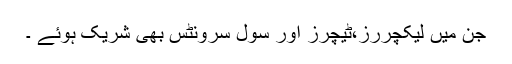
جن میں لیکچررز،ٹیچرز اور سول سرونٹس بھی شریک ہوئے ۔